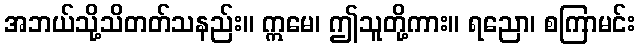
အဘယ်သို့သိတတ်သနည်း။ ဣမေ၊ ဤသူတို့ကား။ ရညော၊ စကြာမင်း